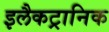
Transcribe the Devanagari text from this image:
इलैकट्रानिक